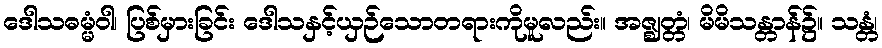
ဒေါသဓမ္မံဝါ၊ ပြစ်မှားခြင်း ဒေါသနှင့်ယှဉ်သောတရားကိုမူလည်း။ အဇ္ဈတ္တံ၊ မိမိသန္တာန်၌။ သန္တံ၊